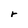
Character: r